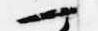
一